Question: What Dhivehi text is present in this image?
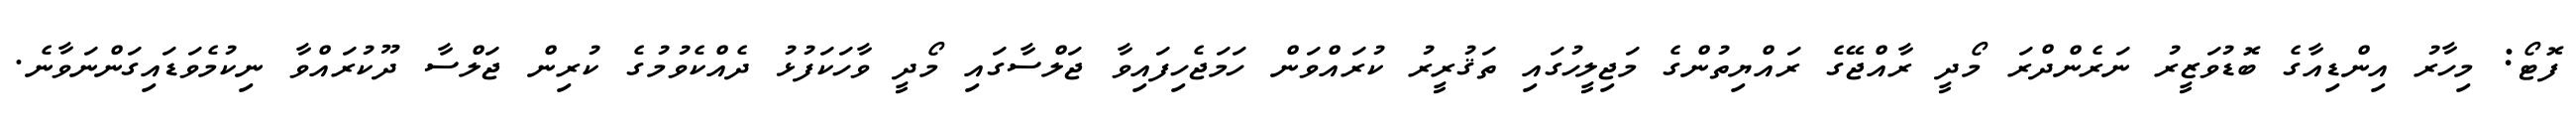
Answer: ފޮޓޯ: މިހާރު އިންޑިއާގެ ބޮޑުވަޒީރު ނަރެންދްރަ މޯދީ ރާއްޖޭގެ ރައްޔިތުންގެ މަޖިލީހުގައި ތަޤުރީރު ކުރައްވަން ހަމަޖެހިފައިވާ ޖަލްސާގައި މޯދީ ވާހަކަފުޅު ދެއްކެވުމުގެ ކުރިން ޖަލްސާ ދޫކުރައްވާ ނިކުމެވަޑައިގަންނަވާނެ.